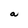
Character: a